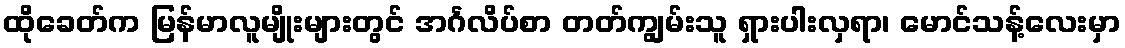
ထိုခေတ်က မြန်မာလူမျိုးများတွင် အင်္ဂလိပ်စာ တတ်ကျွမ်းသူ ရှားပါးလှရာ၊ မောင်သန့်လေးမှာ